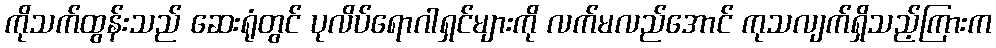
ကိုသက်ထွန်းသည် ဆေးရုံတွင် ပုလိပ်ရောဂါရှင်များကို လက်မလည်အောင် ကုသလျက်ရှိသည့်ကြားက